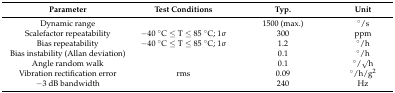
| Parameter | Test Conditions | Typ. | Unit |
 | --- | --- | --- | --- |
 | Dynamic range |  | 1500 (max.) | °/s |
 | Scalefactor repeatability | −40 °C ≤ T ≤ 85 °C; 1σ | 300 | ppm |
 | Bias repeatability | −40 °C ≤ T ≤ 85 °C; 1σ | 1.2 | °/h |
 | Bias instability (Allan deviation) |  | 0.1 | °/h |
 | Angle random walk |  | 0.1 | °/√h |
 | Vibration rectification error | rms | 0.09 | °/h/g2 |
 | −3 dB bandwidth |  | 240 | Hz |